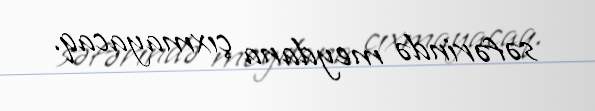
səfərində meydana çıxmayacaq.